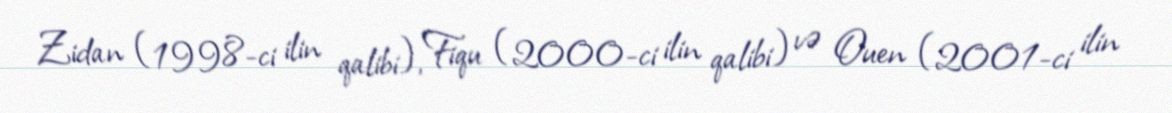
Zidan (1998-ci ilin qalibi), Fiqu (2000-ci ilin qalibi) və Ouen (2001-ci ilin